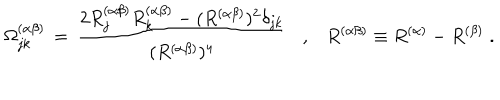
\Omega _ { j k } ^ { ( \alpha \beta ) } \, = \, \frac { 2 R _ { j } ^ { ( \alpha \beta ) } R _ { k } ^ { ( \alpha \beta ) } - ( R ^ { ( \alpha \beta ) } ) ^ { 2 } \delta _ { j k } } { ( R ^ { ( \alpha \beta ) } ) ^ { 4 } } , R ^ { ( \alpha \beta ) } \equiv R ^ { ( \alpha ) } - R ^ { ( \beta ) } \; .